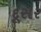
દૂસર